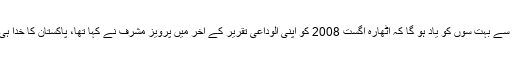
ہم میں سے بہت سوں کو یاد ہو گا کہ اٹھارہ اگست 2008 کو اپنی الوداعی تقریر کے آخر میں پرویز مشرف نے کہا تھا، پاکستان کا خدا ہی حافظ۔